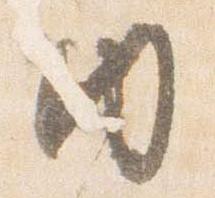
内